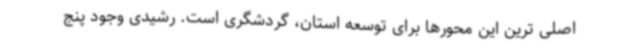
اصلی ترین این محورها برای توسعه استان، گردشگری است. رشیدی وجود پنج